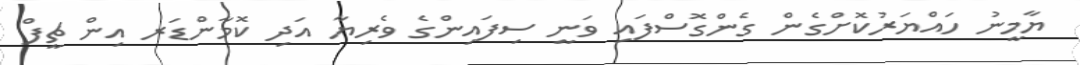
ޔާމީނު ހައްޔަރުކޮށްގެން ގެންގޮސްފައި ވަނީ ސިފައިންގެ ވެރިޔާ އަދި ކޮމާންޑަރ އިން ޗީފް